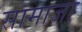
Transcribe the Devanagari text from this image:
सामाजा